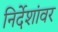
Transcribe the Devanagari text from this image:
निर्देशांवर